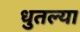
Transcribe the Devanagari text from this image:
धुतल्या